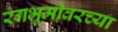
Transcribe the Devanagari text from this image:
रंगभूमीवरच्या